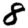
Digit: 8